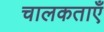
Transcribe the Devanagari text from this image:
चालकताएँ